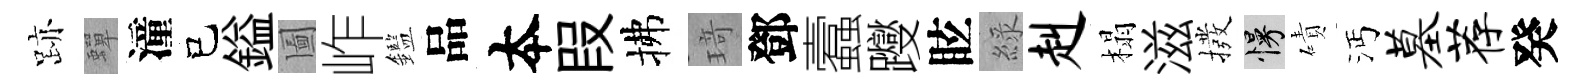
跡蟬潼己鎰圗岞鑑品夲叚拂𤦺鄧蠧躞眩綠赳榻滋撥慢磧沔墓荐癸